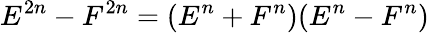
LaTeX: E^{2n}-F^{2n}=(E^{n}+F^{n})(E^{n}-F^{n})